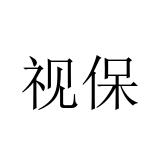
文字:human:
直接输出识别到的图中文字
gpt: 视保